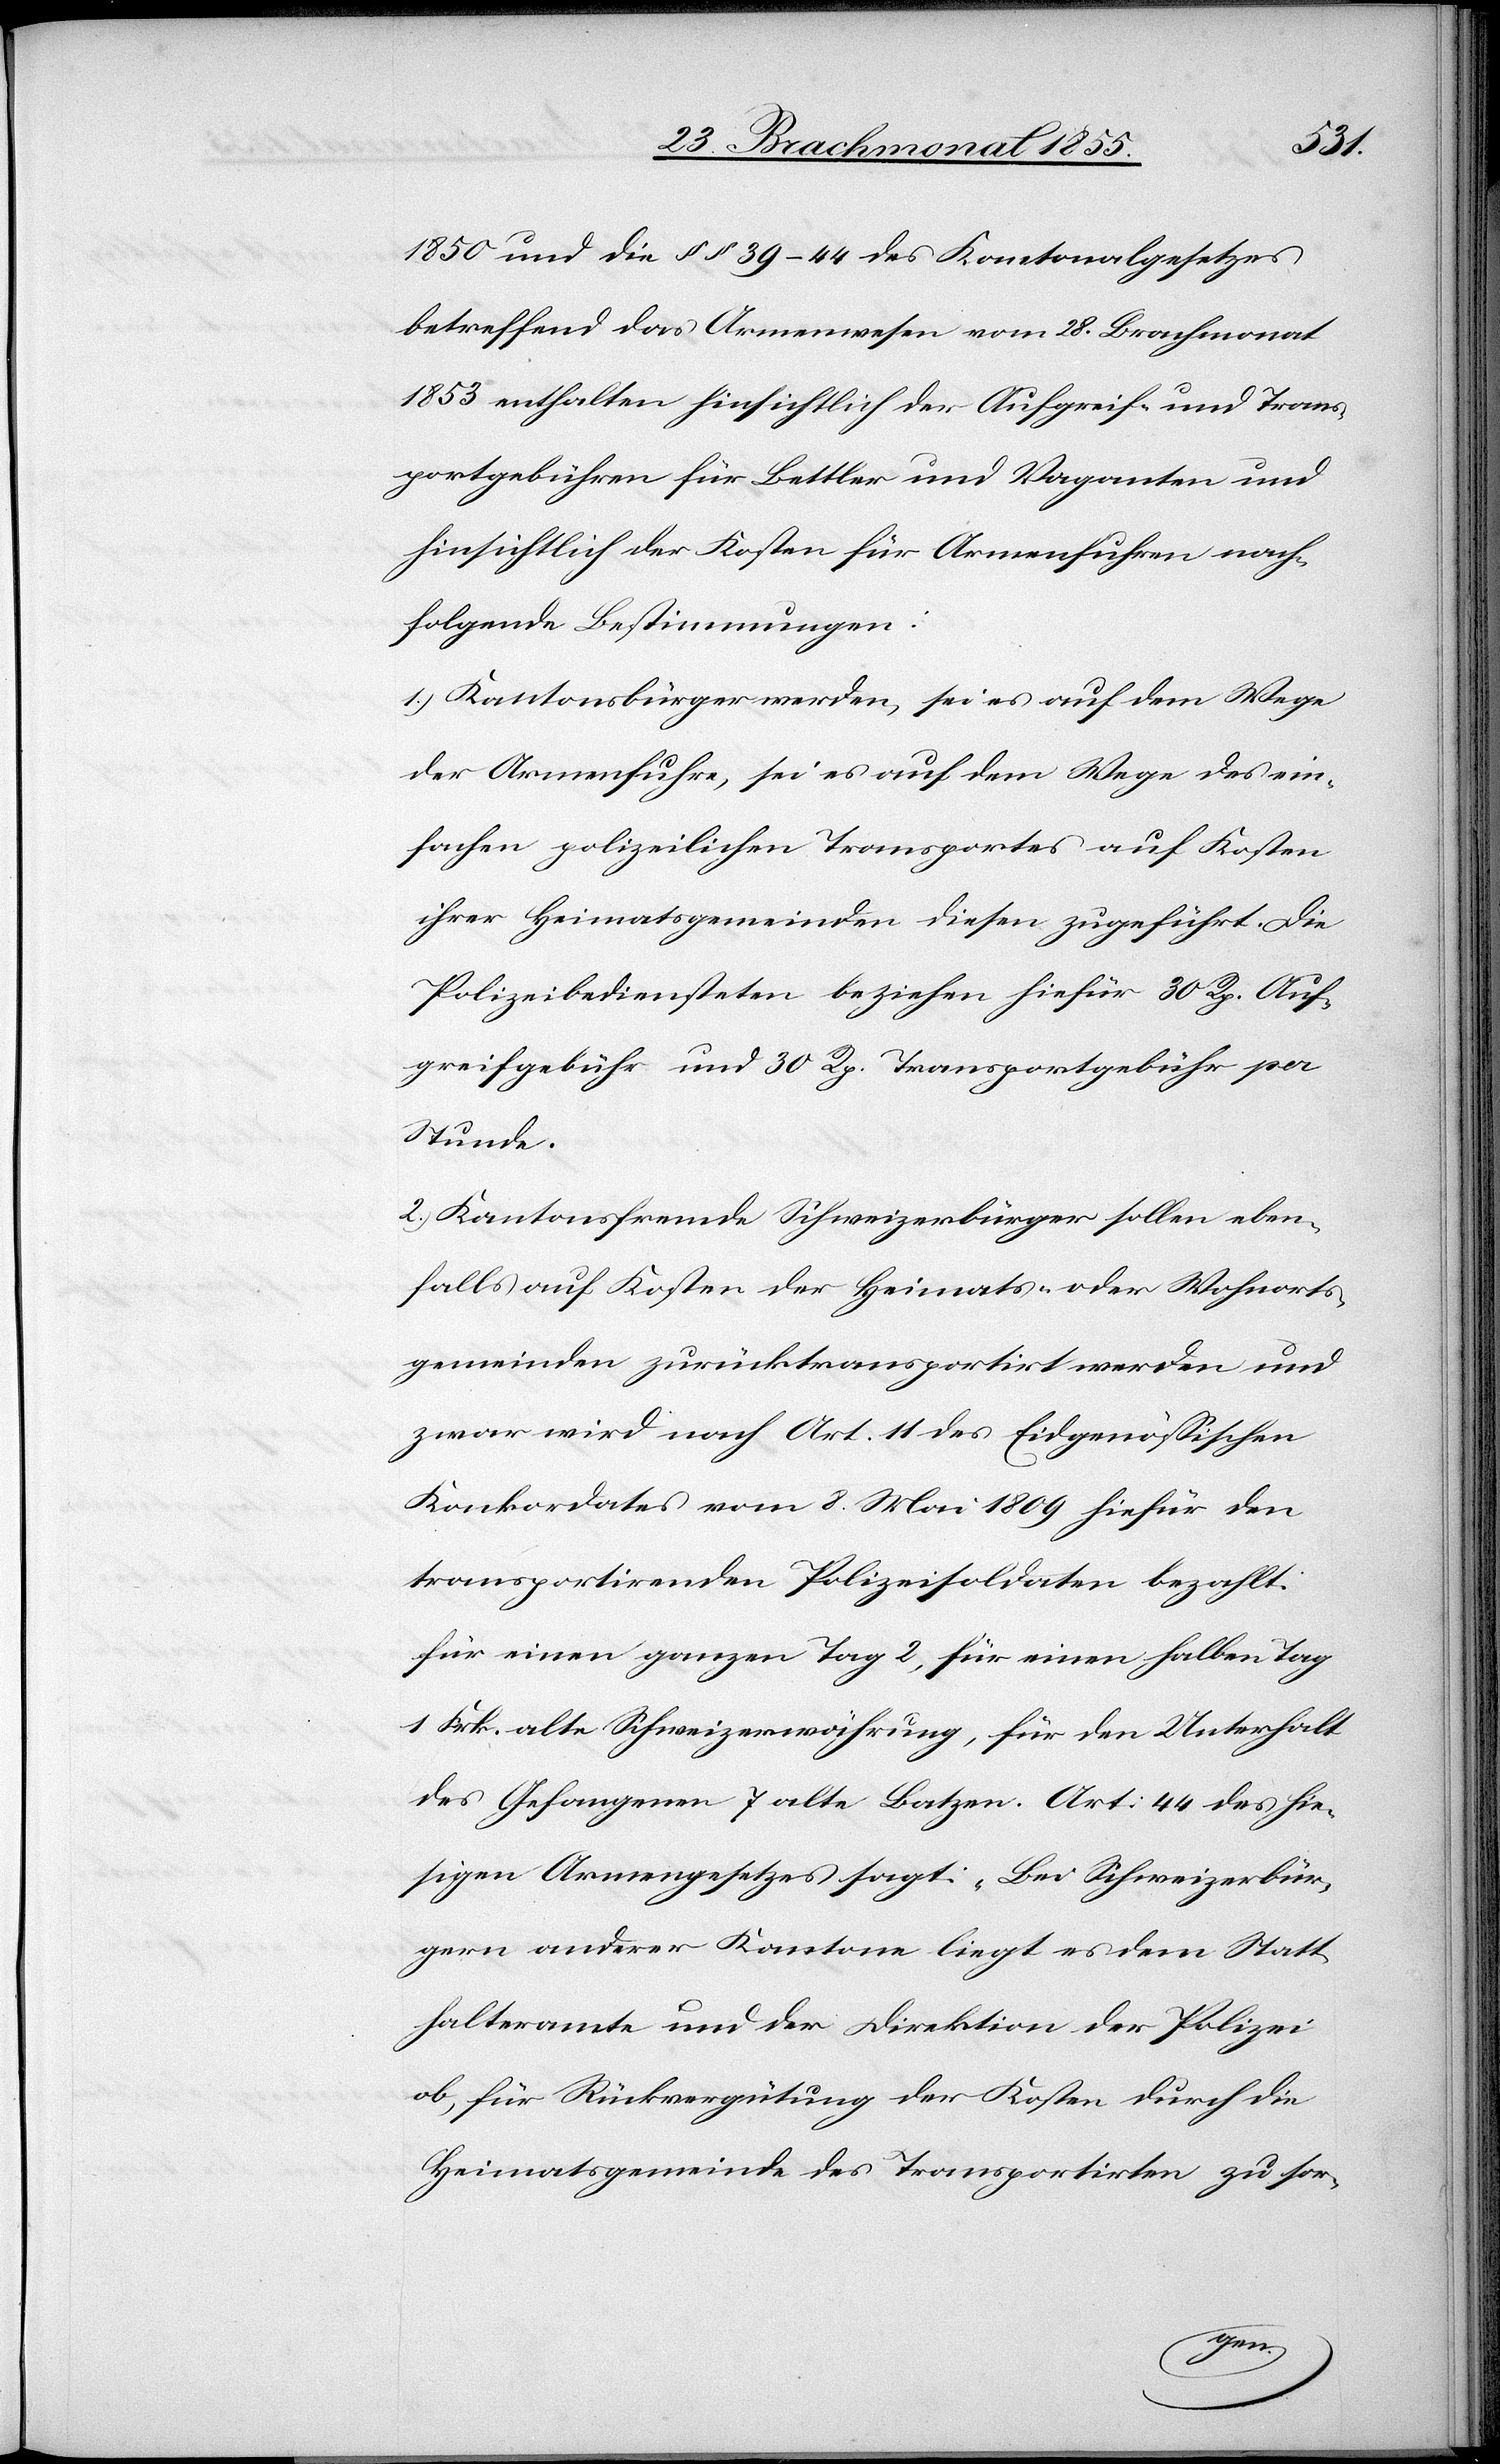
1850 und die §§ 39–44 des Kantonalgesetzes
betreffend das Armenwesen vom 28. Brachmonat
1853 enthalten hinsichtlich der Aufgreif- und Trans¬
portgebühren für Bettler und Vaganten und
hinsichtlich der Kosten für Armenfuhren nach¬
folgende Bestimmungen:
1.) Kantonsbürger werden, sei es auf dem Wege
der Armenfuhre, sei es auf dem Wege des ein¬
fachen polizeilichen Transportes auf Kosten
ihrer Heimatsgemeinden diesen zugeführt. Die
Polizeibediensteten beziehen hiefür 30 Rp. Auf¬
greifgebühr und 30 Rp. Transportgebühr per
Stunde.
2.) Kantonsfremde Schweizerbürger sollen eben¬
falls auf Kosten der Heimats- oder Wohnorts¬
gemeinden zurücktransportirt werden und
zwar wird nach Art. 11 des Eidgenössischen
Konkordates vom 8. Mai 1809 hiefür den
transportirenden Polizeisoldaten bezahlt:
für einen ganzen Tag 2, für einen halben Tag
1 Frk. alte Schweizerwährung, für den Unterhalt
des Gefangenen 7 alte Batzen. Art: 44 des hie¬
sigen Armengesetzes sagt: „Bei Schweizerbür¬
gern anderer Kantone liegt es dem Statt¬
halteramte und der Direktion der Polizei
ob, für Rückvergütung der Kosten durch die
Heimatsgemeinde des Transportirten zu sor-